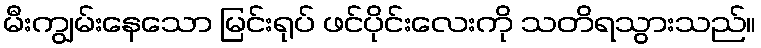
မီးကျွမ်းနေသော မြင်းရုပ် ဖင်ပိုင်းလေးကို သတိရသွားသည်။